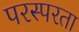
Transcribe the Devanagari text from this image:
परस्परता